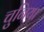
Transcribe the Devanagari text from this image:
चुनिया